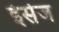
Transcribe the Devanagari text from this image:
ईसेज